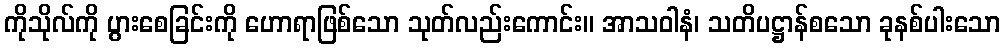
ကိုသိုလ်ကို ပွားစေခြင်းကို ဟောရာဖြစ်သော သုတ်လည်းကောင်း။ အာသဝါနံ၊ သတိပဋ္ဌာန်စသော ခုနစ်ပါးသော